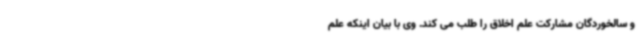
و سالخوردگان مشارکت علم اخلاق را طلب می کند. وی با بیان اینکه علم